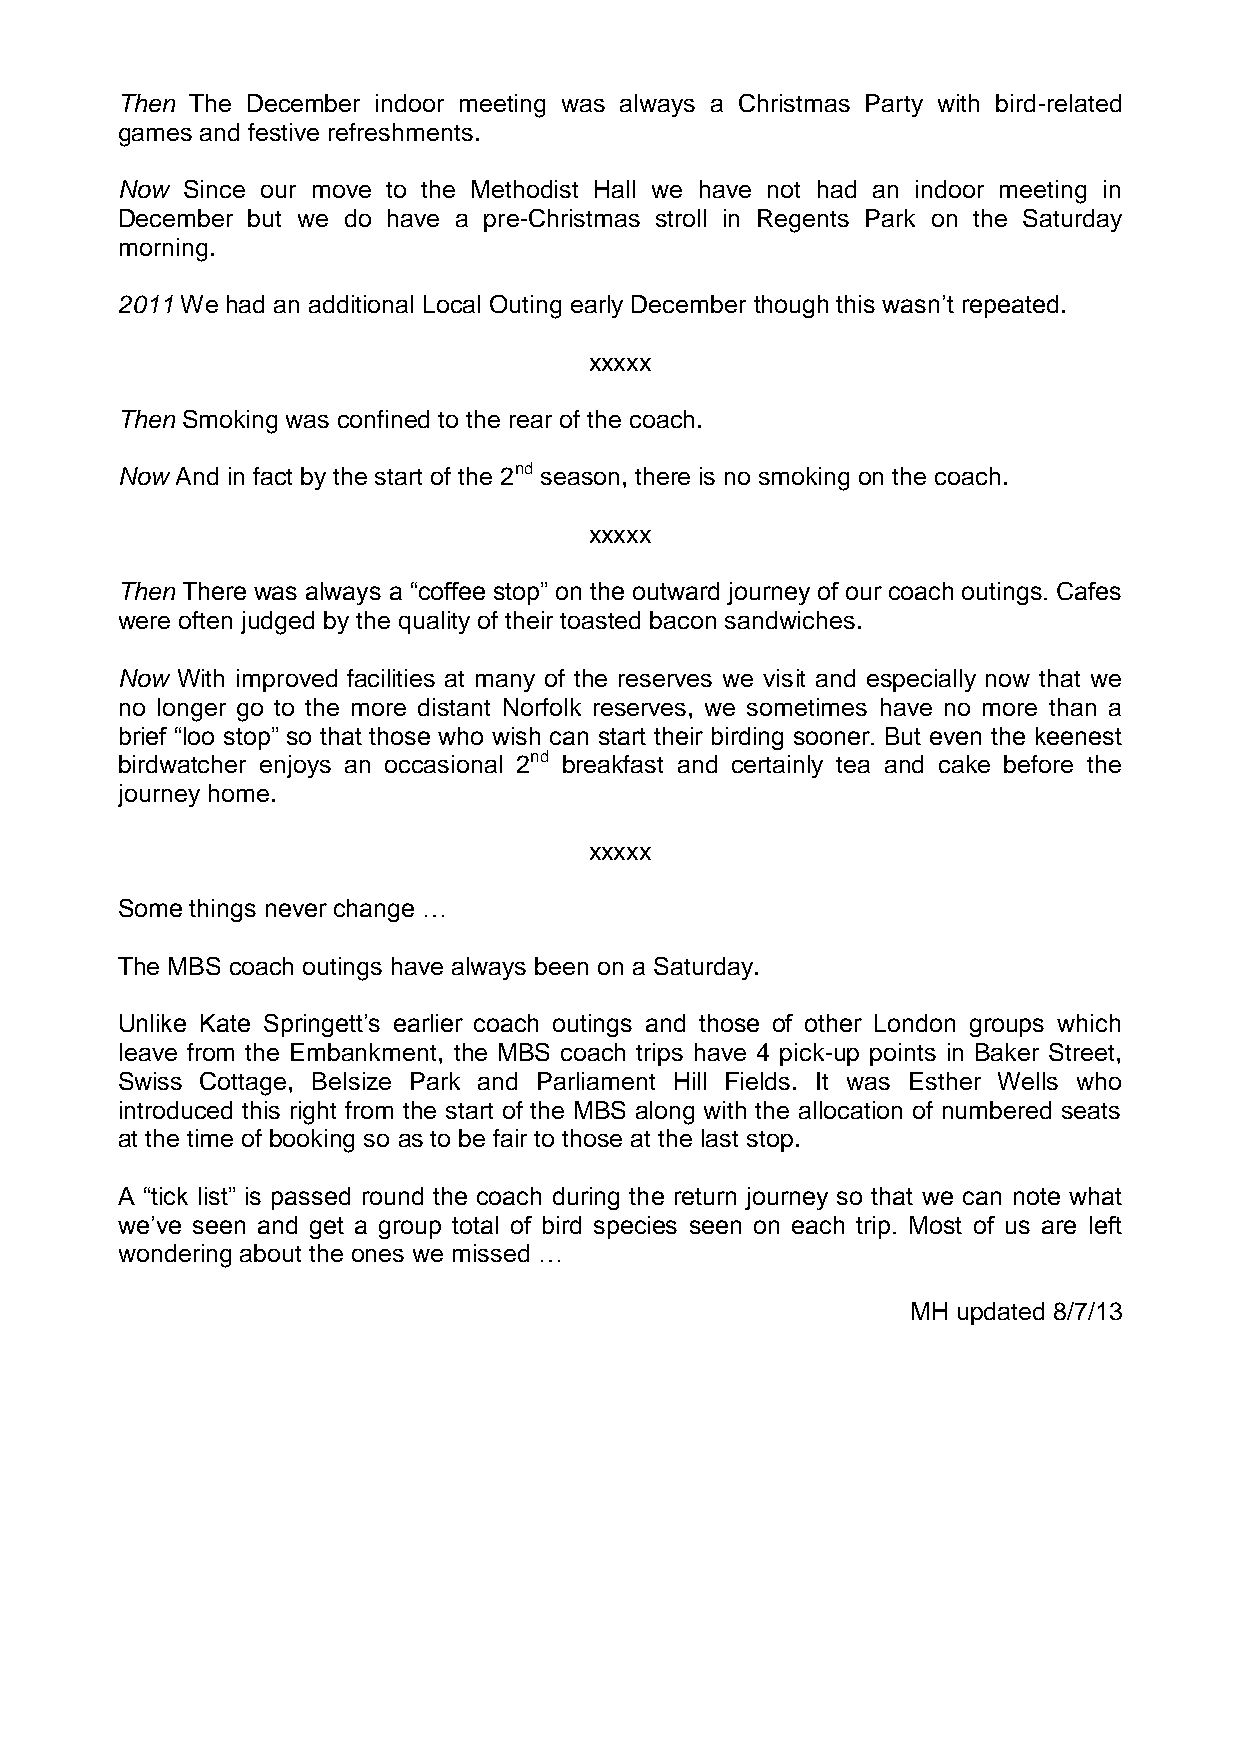
Then The December indoor meeting was always a Christmas Party with bird-related
 games and festive refreshments.
 Now Since our move to the Methodist Hall we have not had an indoor meeting in
 December but we do have a pre-Christmas stroll in Regents Park on the Saturday
 morning.
 2011 We had an additional Local Outing early December though this wasn’t repeated.
 xxxxx
 Then Smoking was confined to the rear of the coach.
 Now And in fact by the start of the 2nd season, there is no smoking on the coach.
 xxxxx
 Then There was always a “coffee stop” on the outward journey of our coach outings. Cafes
 were often judged by the quality of their toasted bacon sandwiches.
 Now With improved facilities at many of the reserves we visit and especially now that we
 no longer go to the more distant Norfolk reserves, we sometimes have no more than a
 brief “loo stop” so that those who wish can start their birding sooner. But even the keenest
 birdwatcher enjoys an occasional 2nd breakfast and certainly tea and cake before the
 journey home.
 xxxxx
 Some things never change …
 The MBS coach outings have always been on a Saturday.
 Unlike Kate Springett’s earlier coach outings and those of other London groups which
 leave from the Embankment, the MBS coach trips have 4 pick-up points in Baker Street,
 Swiss Cottage, Belsize Park and Parliament Hill Fields. It was Esther Wells who
 introduced this right from the start of the MBS along with the allocation of numbered seats
 at the time of booking so as to be fair to those at the last stop.
 A “tick list” is passed round the coach during the return journey so that we can note what
 we’ve seen and get a group total of bird species seen on each trip. Most of us are left
 wondering about the ones we missed …
 MH updated 8/7/13